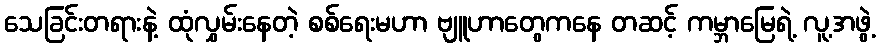
သေခြင်းတရားနဲ့ ထုံလွှမ်းနေတဲ့ စစ်ရေးမဟာ ဗျူဟာတွေကနေ တဆင့် ကမ္ဘာမြေရဲ့ လူ့အဖွဲ့